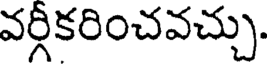
వర్గీకరించవచ్చు.